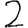
Digit: 2